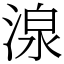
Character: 湶